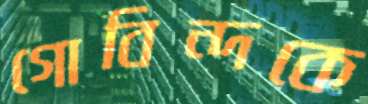
গোবিন্দকে